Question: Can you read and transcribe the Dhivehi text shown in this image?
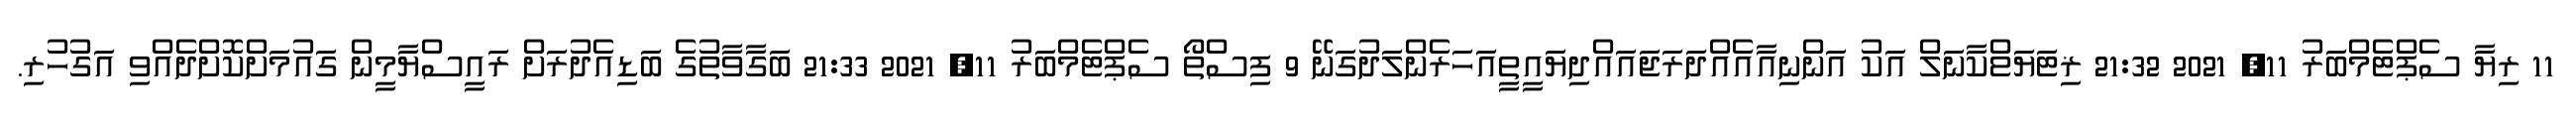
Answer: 11 ރިޔާ ސެޕްޓެމްބަރު 11, 2021 21:32 ޜިޓަޔަޱްކާނަލް އަކު އަންނިއާއެއްދަރަޖައައްދިޔައީތީއަހަރެންލަދުގަނޭ 9 ފިސްތޯ ސެޕްޓެމްބަރު 11, 2021 21:33 ބަގާވާތުގެ ބަޑިއެދުރަށް ރައީސްޔާމީން ގައުމަށްކޮށްދެއްވި އަގުހުރި.